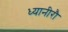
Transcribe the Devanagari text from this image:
ध्यानीरौ